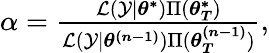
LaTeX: \begin{array}{r}{\alpha=\frac{\mathcal{L}(\mathcal{Y}|\boldsymbol{\theta^{*}})\Pi(\boldsymbol{\theta_{T}^{*}})}{\mathcal{L}(\mathcal{Y}|\boldsymbol{\theta^{(n-1)}})\Pi(\boldsymbol{\theta_{T}^{(n-1)}})},}\end{array}